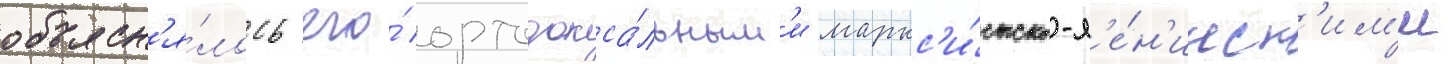
объясн'я́лось его́ ортодокса́льным'и маркс'и́стско-л'е́н'инск'им'и